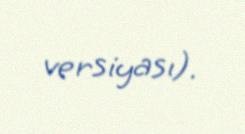
versiyası).